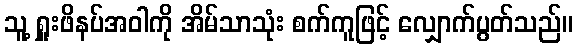
သူ့ ရှူးဖိနပ်အဝါကို အိမ်သာသုံး စက်ကူဖြင့် လျှောက်ပွတ်သည်။